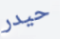
حيدر